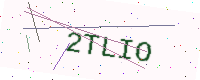
Text: 2TLIO